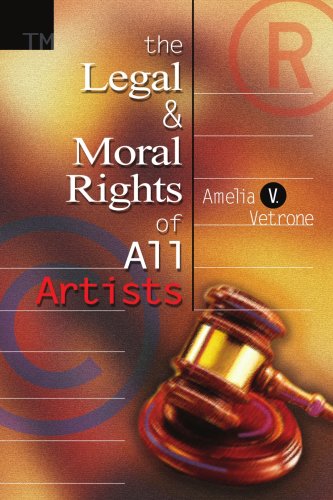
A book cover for The Legal and Moral Rights of All Artists; Amelia Vetrone; Law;